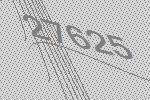
27625